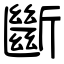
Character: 斷